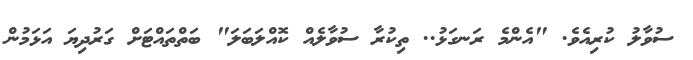
ސުވާލު ކުރިއެވެ. "އެންމެ ރަނގަޅު.. ތިކުރާ ސުވާލެއް ކޮއްލަބަލަ" ބަތްތައްޓަށް ގަރުދިޔަ އަޅަމުން